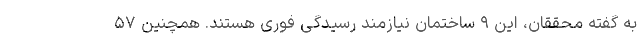
به گفته محققان، این ۹ ساختمان نیازمند رسیدگی فوری هستند. همچنین ۵۷